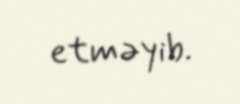
etməyib.